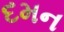
દમન